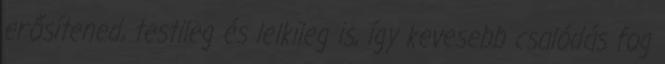
erősítened, testileg és lelkileg is, így kevesebb csalódás fog